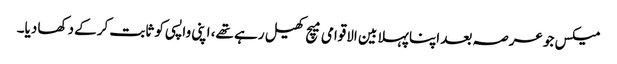
میکس جو عرصہ بعد اپنا پہلا بین الاقوامی میچ کھیل رہے تھے، اپنی واپسی کو ثابت کرکے دکھا دیا۔